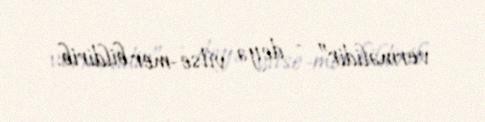
verməlidir” - deyə vitse-mer bildirib.